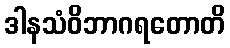
ဒါနသံဝိဘာဂရတောတိ